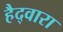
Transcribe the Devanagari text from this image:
हैद्वारा